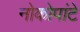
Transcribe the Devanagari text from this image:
नोकोपांटे